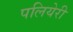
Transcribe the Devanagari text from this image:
पलियेरी